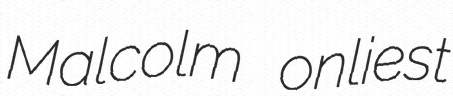
Malcolm onliest